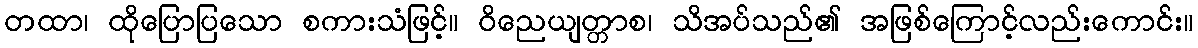
တထာ၊ ထိုပြောပြသော စကားသံဖြင့်။ ဝိညေယျတ္တာစ၊ သိအပ်သည်၏ အဖြစ်ကြောင့်လည်းကောင်း။